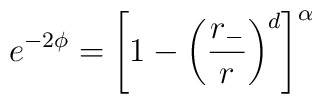
e^{-2\phi}=\left[1-\left(\frac{r_-}{r}\right)^d \right]^{\alpha}